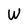
Character: W